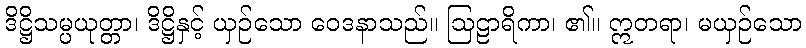
ဒိဋ္ဌိသမ္ပယုတ္တာ၊ ဒိဋ္ဌိနှင့် ယှဉ်သော ဝေဒနာသည်။ ဩဠာရိကာ၊ ၏။ ဣတရာ၊ မယှဉ်သော